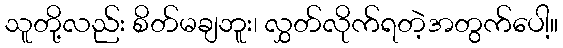
သူတို့လည်း စိတ်မချဘူး၊ လွှတ်လိုက်ရတဲ့အတွက်ပေါ့။